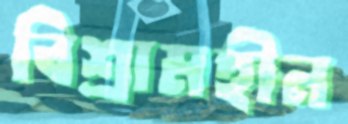
বিশ্রামহীন